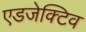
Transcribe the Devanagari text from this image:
एडजेक्टिव